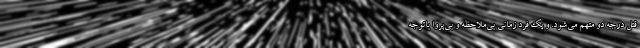
قتل درجه دو متهم می‌شود. و یک فرد زمانی بی‌ملاحظه و بی‌پروا باتوجه